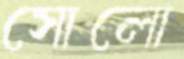
সোলো